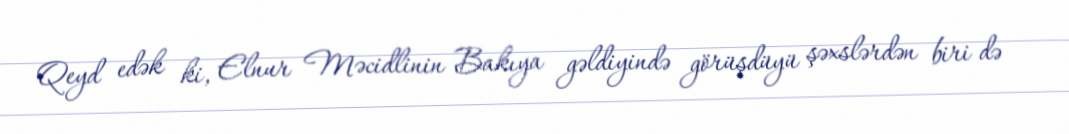
Qeyd edək ki, Elnur Məcidlinin Bakıya gəldiyində görüşdüyü şəxslərdən biri də